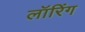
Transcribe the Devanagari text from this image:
लॉरिंग